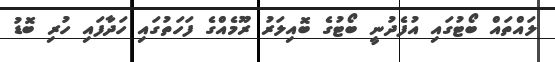
ލައްތައް ބޯޓުގައި އުފެދުނީ ބޯޓުގެ ބޮއިލަރު ރޫމެއްގެ ފަހަތުގައި ހަދާފައި ހުރި ބޮޑު